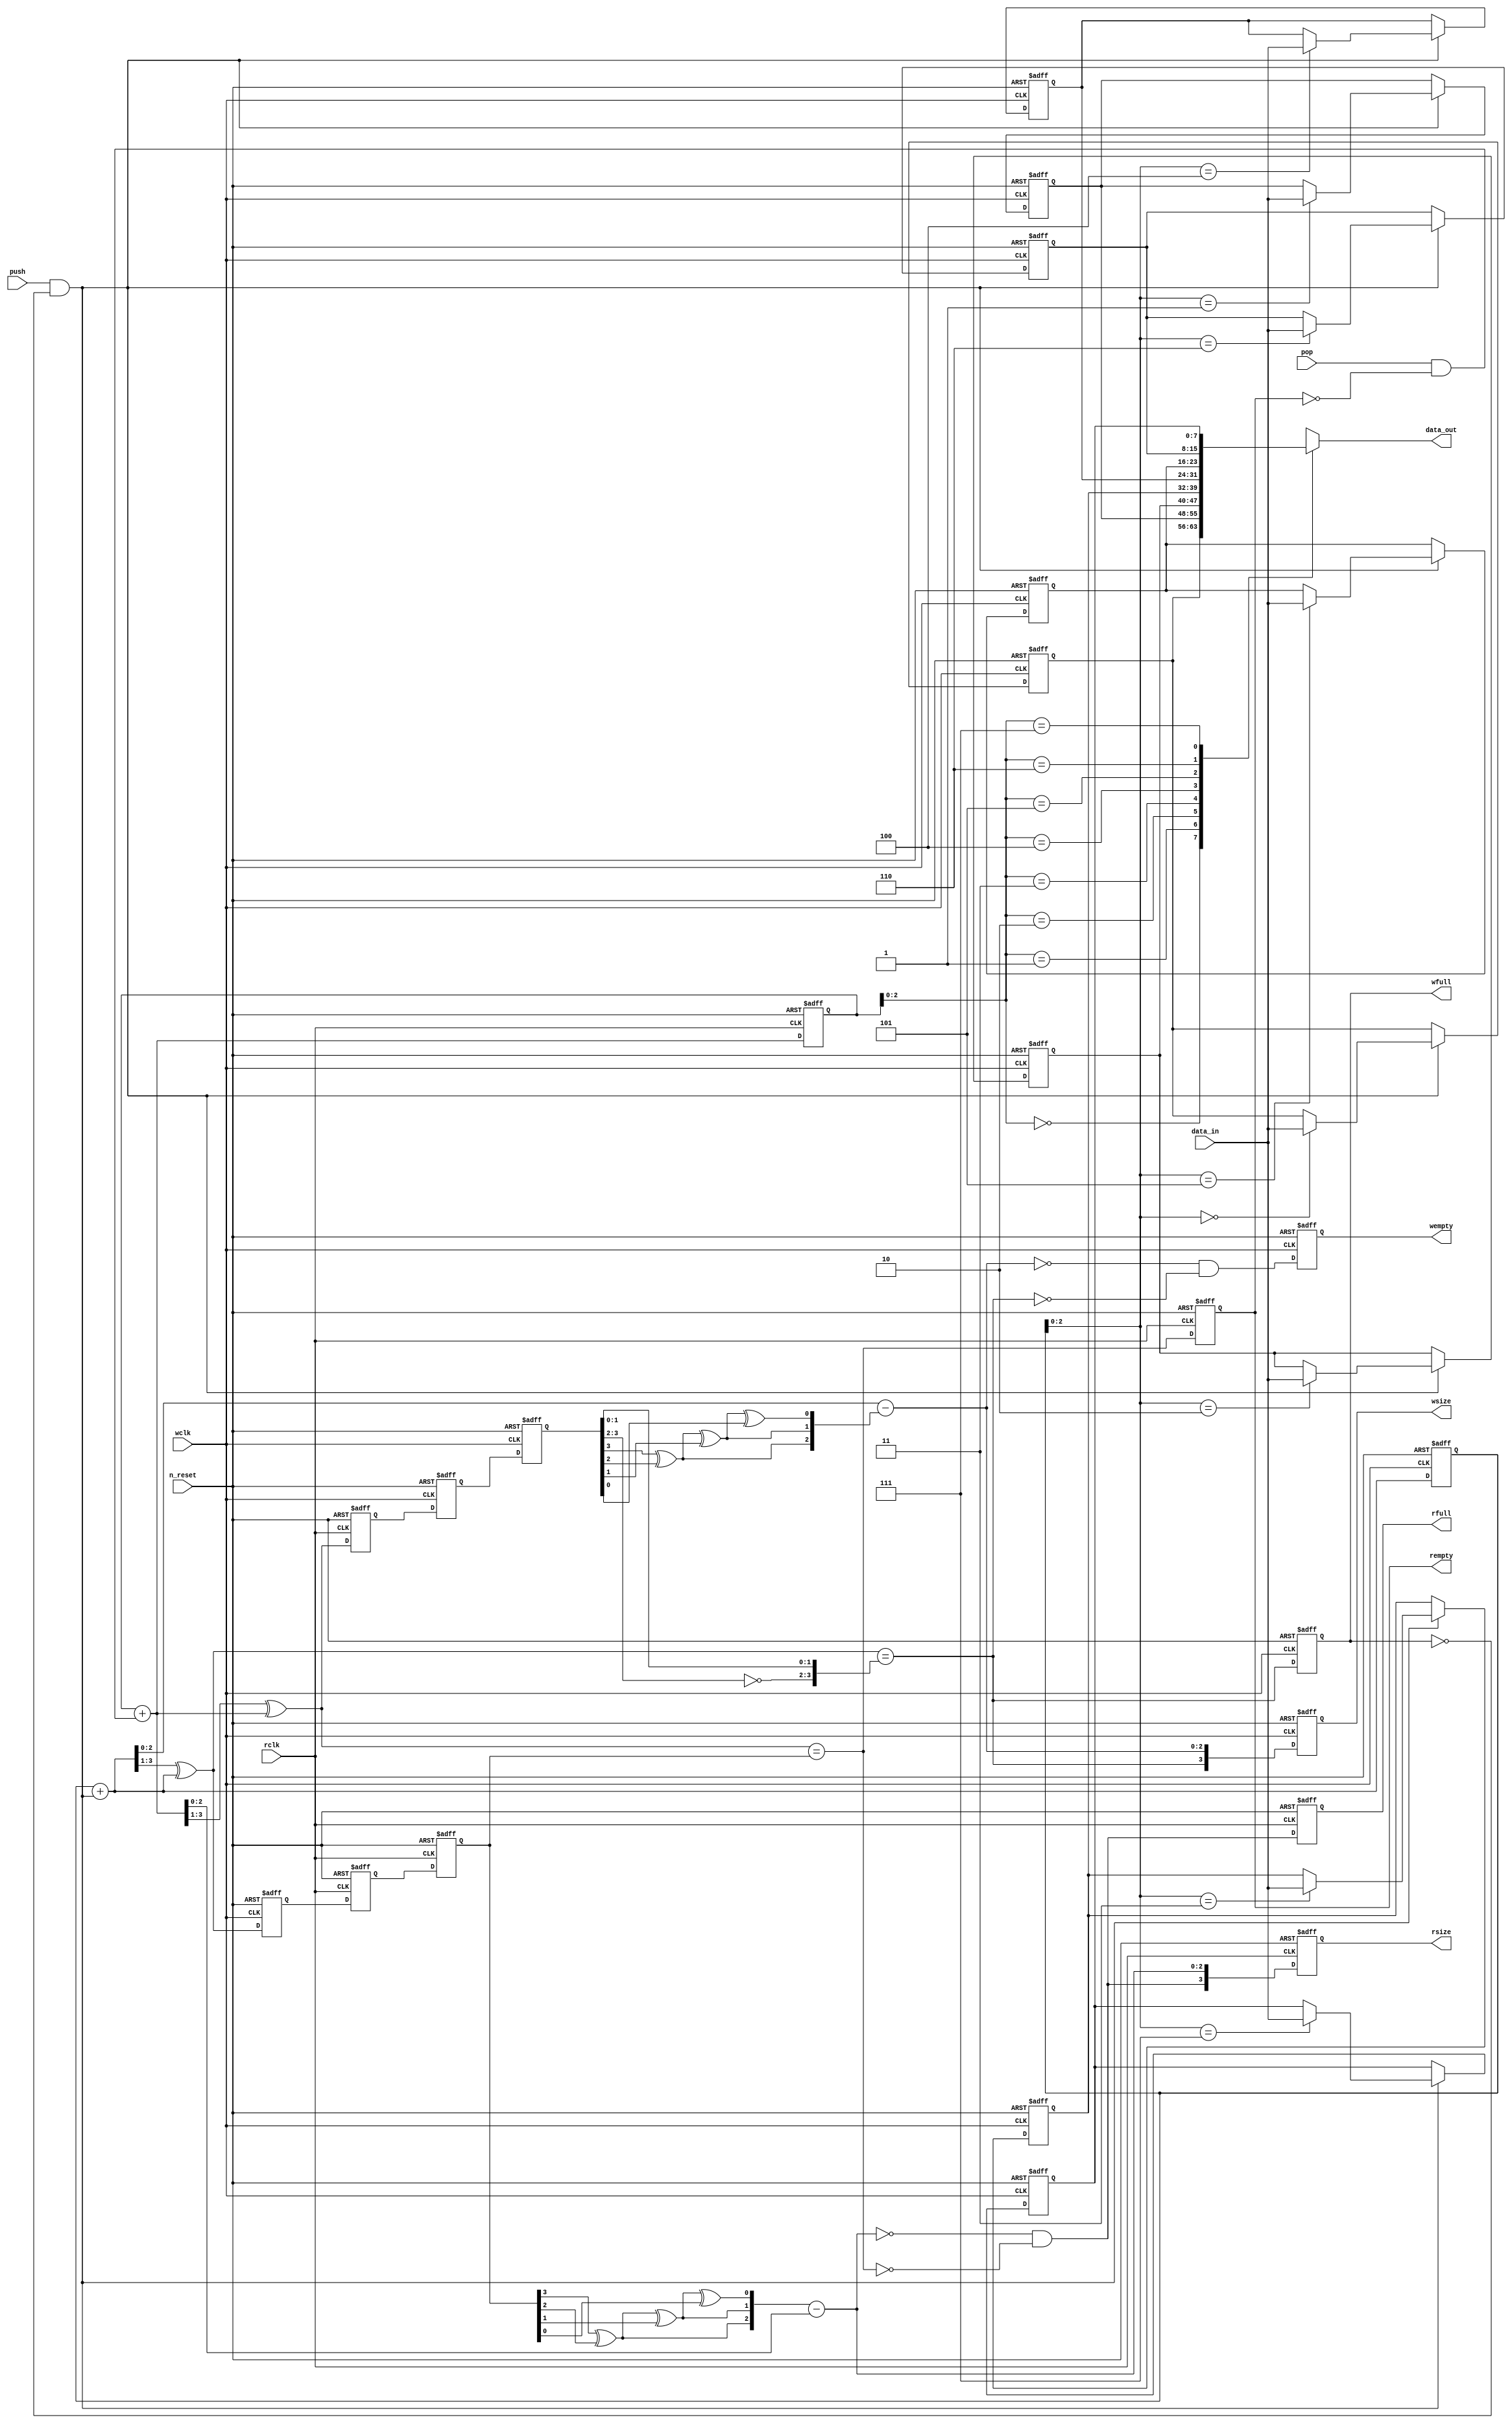
module airi5c_spi_async_fifo
#(
    parameter                       ADDR_WIDTH  = 3,
    parameter                       DATA_WIDTH  = 8
)
(
    input                           n_reset,

    // write clock domain
    input                           wclk,
    input                           push,
    input       [DATA_WIDTH-1:0]    data_in,
    output  reg                     wfull,
    output  reg                     wempty,
    output  reg [ADDR_WIDTH:0]      wsize,

    // read clock domain
    input                           rclk,
    input                           pop,
    output      [DATA_WIDTH-1:0]    data_out,
    output  reg                     rfull,
    output  reg                     rempty,
    output  reg [ADDR_WIDTH:0]      rsize
);

    // when delta = wptr - rptr = 0, the fifo size could be min (empty) or max (full), the full flag is evaluated to check which case occurred
    // when the fifo gets full, there will always be a carry to the most significant size bit and all other bits will be 0
    // therefore the full flag is used as the most significant size bit
    // due to metastability, the counters need to be gray encoded when crossing clock domains, so only one bit changes at a time
    // the couters also need an additional bit to detect address wrap around

    reg         [DATA_WIDTH-1:0]    data[2**ADDR_WIDTH-1:0];

    // write clock domain signals
    reg         [ADDR_WIDTH:0]      wcnt_bin;               // write counter
    reg         [ADDR_WIDTH:0]      wcnt_gray;              // write counter gray encoded
    reg         [ADDR_WIDTH:0]      w_rcnt_gray_metastable;
    reg         [ADDR_WIDTH:0]      w_rcnt_gray;            // read counter gray encoded (synchronized into write clock domain)
    wire        [ADDR_WIDTH:0]      w_rcnt_bin;             // read counter

    wire        [ADDR_WIDTH-1:0]    wptr                    = wcnt_bin[ADDR_WIDTH-1:0];
    wire        [ADDR_WIDTH-1:0]    w_rptr                  = w_rcnt_bin[ADDR_WIDTH-1:0];
    wire        [ADDR_WIDTH:0]      wcnt_bin_next           = wcnt_bin + (push && !wfull);
    wire        [ADDR_WIDTH:0]      wcnt_gray_next          = (wcnt_bin_next >> 1) ^ wcnt_bin_next; // convert binary to gray code
    wire        [ADDR_WIDTH-1:0]    wdelta                  = wcnt_bin_next[ADDR_WIDTH-1:0] - w_rptr;
    wire                            wfull_next              = wcnt_gray_next == {~w_rcnt_gray[ADDR_WIDTH:ADDR_WIDTH-1], w_rcnt_gray[ADDR_WIDTH-2:0]};
    wire                            wempty_next             = wdelta == 0 && !wfull_next;
    wire        [ADDR_WIDTH:0]      wsize_next              = {wfull_next, wdelta};

    // read clock domain signals
    reg         [ADDR_WIDTH:0]      rcnt_bin;               // read counter
    reg         [ADDR_WIDTH:0]      rcnt_gray;              // read counter gray encoded
    reg         [ADDR_WIDTH:0]      r_wcnt_gray_metastable;
    reg         [ADDR_WIDTH:0]      r_wcnt_gray;            // write counter gray encoded (synchronized into read clock domain)
    wire        [ADDR_WIDTH:0]      r_wcnt_bin;             // write counter

    wire        [ADDR_WIDTH-1:0]    rptr                    = rcnt_bin[ADDR_WIDTH-1:0];
    wire        [ADDR_WIDTH-1:0]    r_wptr                  = r_wcnt_bin[ADDR_WIDTH-1:0];
    wire        [ADDR_WIDTH:0]      rcnt_bin_next           = rcnt_bin + (pop && !rempty);
    wire        [ADDR_WIDTH:0]      rcnt_gray_next          = (rcnt_bin_next >> 1) ^ rcnt_bin_next; // convert binary to gray code
    wire        [ADDR_WIDTH-1:0]    rdelta                  = r_wptr - rcnt_bin_next[ADDR_WIDTH-1:0];
    wire                            rempty_next             = rcnt_gray_next == r_wcnt_gray;
    wire                            rfull_next              = rdelta == 0 && !rempty_next;
    wire        [ADDR_WIDTH:0]      rsize_next              = {rfull_next, rdelta};

    assign                          data_out                = data[rptr];

    integer                         i;
    genvar                          j;

    // convert gray code back to binary (needed to calculate size in the respective clock domain)
    assign                          w_rcnt_bin[ADDR_WIDTH]  = w_rcnt_gray[ADDR_WIDTH];
    assign                          r_wcnt_bin[ADDR_WIDTH]  = r_wcnt_gray[ADDR_WIDTH];

    generate
        for (j = ADDR_WIDTH-1; j >= 0 ; j = j-1) begin
            assign w_rcnt_bin[j] = w_rcnt_bin[j+1] ^ w_rcnt_gray[j];
            assign r_wcnt_bin[j] = r_wcnt_bin[j+1] ^ r_wcnt_gray[j];
        end
    endgenerate

    // write clock domain
    always @(posedge wclk, negedge n_reset) begin
        if (!n_reset) begin
            w_rcnt_gray_metastable  <= 1'b0;
            w_rcnt_gray             <= 1'b0;
            wcnt_bin                <= 1'b0;
            wcnt_gray               <= 1'b0;
            wfull                   <= 1'b0;
            wempty                  <= 1'b1;
            wsize                   <= 0;

            for (i = 0; i < 2**ADDR_WIDTH; i = i + 1)
                data[i]             <= 0;
        end

        else begin
             // cross clock domains
            w_rcnt_gray_metastable  <= rcnt_gray;
            w_rcnt_gray             <= w_rcnt_gray_metastable;
            wcnt_bin                <= wcnt_bin_next;
            wcnt_gray               <= wcnt_gray_next;
            wfull                   <= wfull_next;
            wempty                  <= wempty_next;
            wsize                   <= wsize_next;

            if (push && !wfull)
                data[wptr]          <= data_in;
        end
    end

    // read clock domain
    always @(posedge rclk, negedge n_reset) begin
        if (!n_reset) begin
            r_wcnt_gray_metastable  <= 1'b0;
            r_wcnt_gray             <= 1'b0;
            rcnt_bin                <= 1'b0;
            rcnt_gray               <= 1'b0;
            rempty                  <= 1'b1;
            rfull                   <= 1'b0;
            rsize                   <= 0;
        end

        else begin
            // cross clock domains
            r_wcnt_gray_metastable  <= wcnt_gray;
            r_wcnt_gray             <= r_wcnt_gray_metastable;
            rcnt_bin                <= rcnt_bin_next;
            rcnt_gray               <= rcnt_gray_next;
            rempty                  <= rempty_next;
            rfull                   <= rfull_next;
            rsize                   <= rsize_next;
        end
    end

endmodule